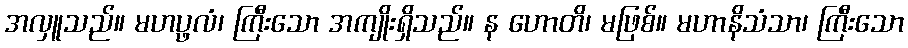
အလှူသည်။ မဟပ္ဖလံ၊ ကြီးသော အကျိုးရှိသည်။ န ဟောတိ၊ မဖြစ်။ မဟာနိသံသာ၊ ကြီးသော